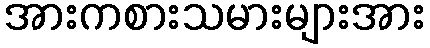
အားကစားသမားများအား